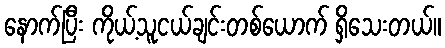
နောက်ပြီး ကိုယ့်သူငယ်ချင်းတစ်ယောက် ရှိသေးတယ်။